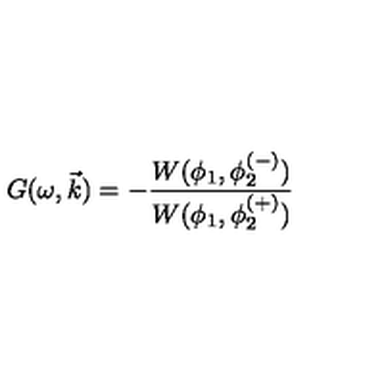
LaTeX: G ( \omega , \vec { k } ) = - \frac { W ( \phi _ { 1 } , \phi _ { 2 } ^ { ( - ) } ) } { W ( \phi _ { 1 } , \phi _ { 2 } ^ { ( + ) } ) }